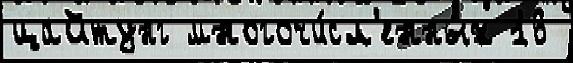
цайтунг многочи́сл'енных 16